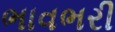
ભાવભરી